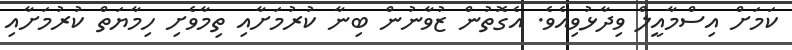
ކަމަށް އިސްމާއީލް ވިދާޅުވިއެވެ. އެގޮތުން ޒުވާނުން ބިނާ ކުރުމަށާއި ތިމާވެށި ހިމާޔަތް ކުރުމަށާއި